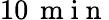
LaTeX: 10\, \mathrm{~m~i~n~}